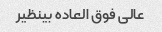
عالی فوق العاده بینظیر